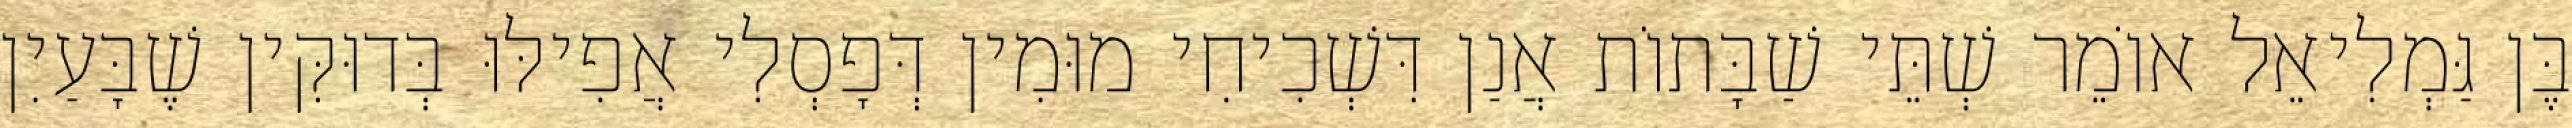
בֶּן גַּמְלִיאֵל אוֹמֵר שְׁתֵּי שַׁבָּתוֹת אֲנַן דִּשְׁכִיחִי מוּמִין דְּפָסְלִי אֲפִילּוּ בְּדוּקִּין שֶׁבָּעַיִן